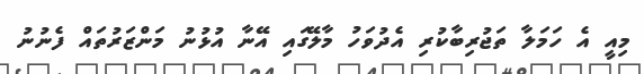
މިއީ އެ ހަމަލާ ތަޖުރިބާކުރި އެދުވަހު މާލޭގައި އޭނާ އުޅުނު މަންޒަރުތައް ފެނުނު